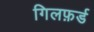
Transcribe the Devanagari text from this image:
गिलफ़र्ड